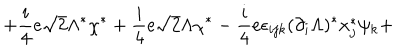
+ \frac { i } { 4 } e \sqrt { 2 } \Lambda ^ { \ast } \chi ^ { \ast } + \frac { i } { 4 } e \sqrt { 2 } \Lambda \chi ^ { \ast } - \frac { i } { 4 } e \epsilon _ { i j k } ( \partial _ { i } \Lambda ) ^ { \ast } x _ { j } ^ { \ast } \psi _ { k } +